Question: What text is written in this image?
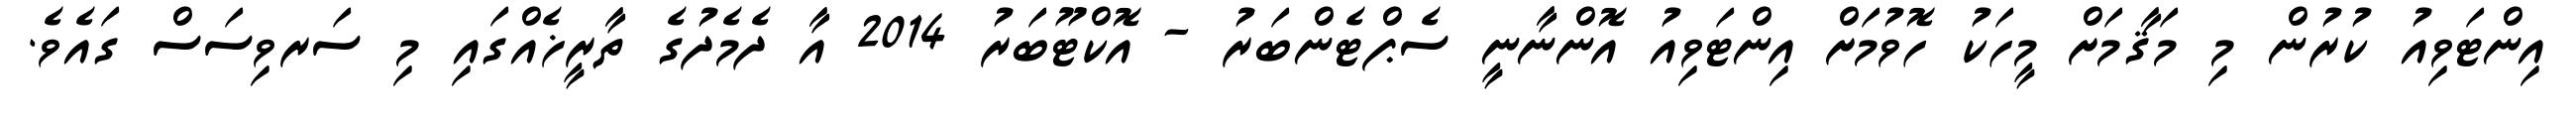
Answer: އިންޓަވިއު ކުރުން މި މަޤާމަށް މީހަކު ހޮވުމަށް އިންޓަވިއު އޮންނާނީ ސެޕްޓެންބަރު - އޮކްޓޫބަރު 2014 އާ ދެމެދުގެ ތާރީޚެއްގައި މި ސަރވިސަސް ގައެވެ.